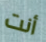
أنت